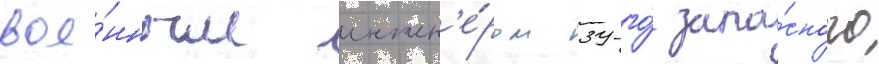
вое́нным инжен'е́ром 39-го́ запа́сного